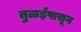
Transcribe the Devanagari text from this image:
तुळईपासून